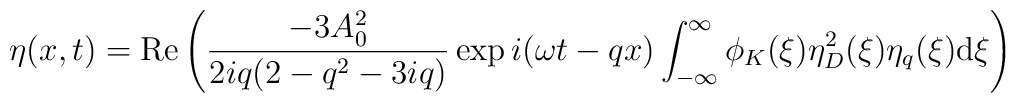
\eta (x,t)  =  \mbox{Re} \left ( \frac{- 3 A_0^2}{2 i q (2 - q^2 - 3 i q)}\exp i (\omega t - q x)\int_{-\infty}^{\infty} \phi_K (\xi) \eta_D^2 (\xi)  \eta_{q} (\xi)\mbox{d}\xi\right )